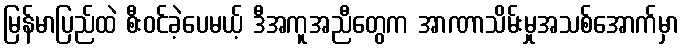
မြန်မာပြည်ထဲ စီးဝင်ခဲ့ပေမယ့် ဒီအကူအညီတွေက အာဏာသိမ်းမှုအသစ်အောက်မှာ